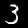
Label: 3